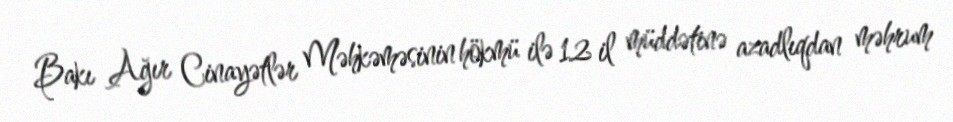
Bakı Ağır Cinayətlər Məhkəməsinin hökmü ilə 12 il müddətinə azadlıqdan məhrum